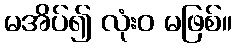
မအိပ်၍ လုံးဝ မဖြစ်။